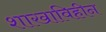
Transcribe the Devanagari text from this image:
शाखाविहीन